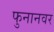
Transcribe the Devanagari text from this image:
फुनानवर